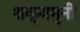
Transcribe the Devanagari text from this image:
शक्यमुनी